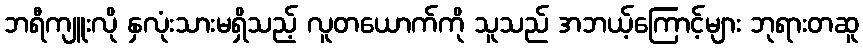
ဘရီကျူးလို နှလုံးသားမရှိသည့် လူတယောက်ကို သူသည် အဘယ့်ကြောင့်များ ဘုရားတဆူ